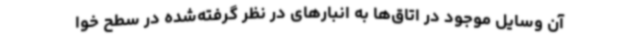
آن وسایل موجود در اتاق‌ها به انبارهای در نظر گرفته‌شده در سطح خوا